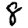
Digit: 8